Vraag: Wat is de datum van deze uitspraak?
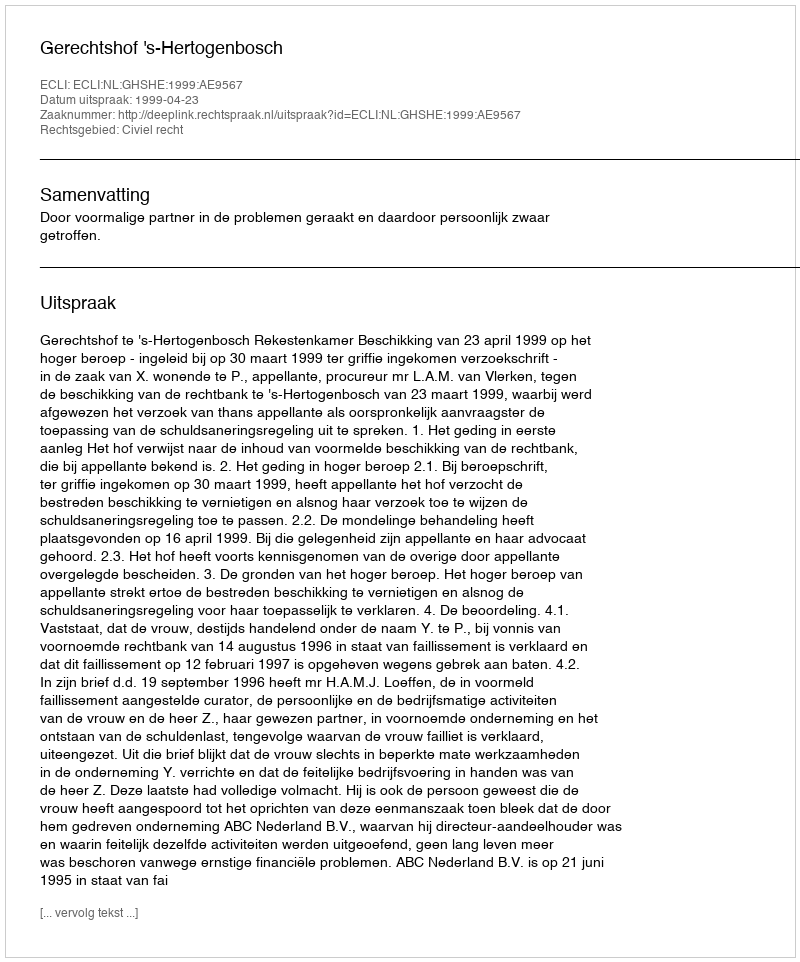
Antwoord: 1999-04-23